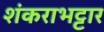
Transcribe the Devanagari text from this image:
शंकराभट्टार